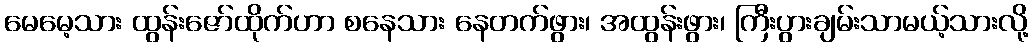
မေမေ့သား ထွန်းဇော်ထိုက်ဟာ စနေသား နေတက်ဖွား၊ အထွန်းဖွား၊ ကြီးပွားချမ်းသာမယ့်သားလို့